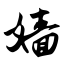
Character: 嫱